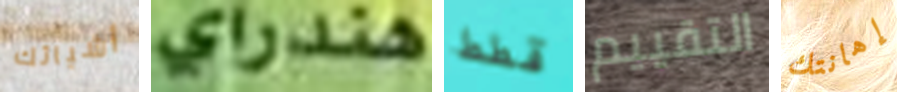
أشيائك هندراي قطط التقييم إهانتك